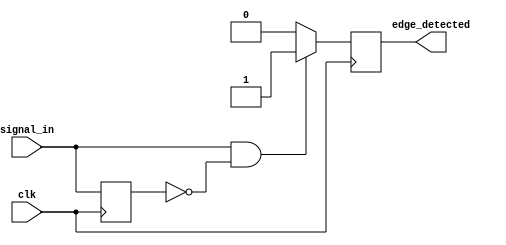
module rising_edge_detector (
    input wire clk,          // Clock signal
    input wire signal_in,    // Input signal to detect rising edge
    output reg edge_detected  // Output signal indicating rising edge detection
);

    reg signal_prev; // Register to hold the previous state of signal_in

    // Always block triggered on the rising edge of the clock
    always @(posedge clk) begin
        // Edge detection logic
        if (signal_in && !signal_prev) begin
            edge_detected <= 1'b1; // Rising edge detected
        end else begin
            edge_detected <= 1'b0;  // No rising edge detected
        end
        
        // Update previous signal state
        signal_prev <= signal_in; // Sample the current state of signal_in
    end

endmodule